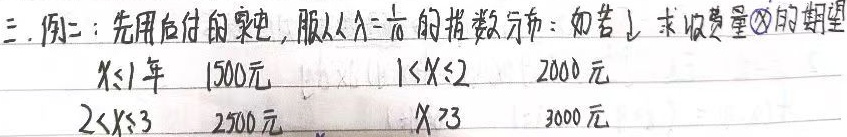
三. 例二：先用后付的家电，服从\(\lambda = \frac{1}{6}\)的指数分布。如若，求收费量\(\textcircled{X}\)的期望：
当\(X \leq 1\)年 ，收费\(1500\)元；
当\(1 < X \leq 2\) ，收费\(2000\)元；
当\(2 < X \leq 3\) ，收费\(2500\)元；
当\(X > 3\) ，收费\(3000\)元。